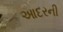
આદરની